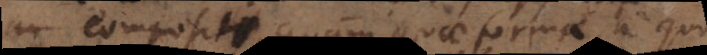
compositi quam quae formae, a quo